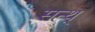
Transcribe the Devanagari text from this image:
सन्थ्